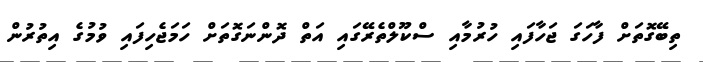
ތިބޭގޮތަށް ފާހަގަ ޖަހާފައި ހުރުމާއި ސްކޫލްތެރޭގައި އަތް ދޮންނަގޮތަށް ހަމަޖެހިފައި ވުމުގެ އިތުރުން